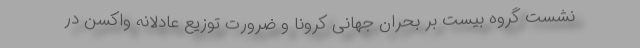
نشست گروه بیست بر بحران جهانی کرونا و ضرورت توزیع عادلانه واکسن در